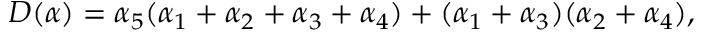
D ( \alpha ) = \alpha _ { 5 } ( \alpha _ { 1 } + \alpha _ { 2 } + \alpha _ { 3 } + \alpha _ { 4 } ) + ( \alpha _ { 1 } + \alpha _ { 3 } ) ( \alpha _ { 2 } + \alpha _ { 4 } ) ,